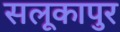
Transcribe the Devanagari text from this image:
सलूकापुर